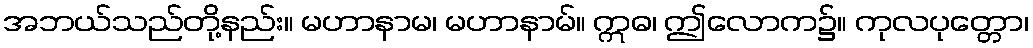
အဘယ်သည်တို့နည်း။ မဟာနာမ၊ မဟာနာမ်။ ဣဓ၊ ဤလောက၌။ ကုလပုတ္တော၊